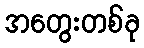
အတွေးတစ်ခု